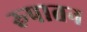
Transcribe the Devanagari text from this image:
रुपातन